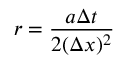
r = { \frac { a \Delta t } { 2 ( \Delta x ) ^ { 2 } } }